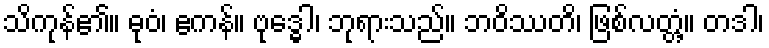
သိကုန်၏။ ဓုဝံ၊ ဧကန်။ ဗုဒ္ဓေါ၊ ဘုရားသည်။ ဘဝိဿတိ၊ ဖြစ်လတ္တံ့။ တဒါ၊